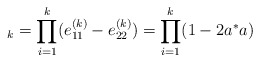
\begin{align*}_{k}=\prod_{i=1}^{k}(e_{11}^{(k)}-e_{22}^{(k)})=\prod_{i=1}^{k}(1-2a^{*}a)\end{align*}